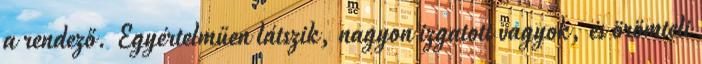
a rendező. Egyértelműen látszik, nagyon izgatott vagyok, és örömteli